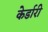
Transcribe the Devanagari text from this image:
केर्डारी